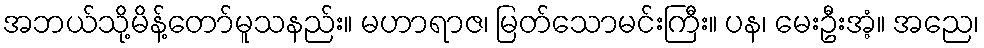
အဘယ်သို့မိန့်တော်မူသနည်း။ မဟာရာဇ၊ မြတ်သောမင်းကြီး။ ပန၊ မေးဦးအံ့။ အညေ၊